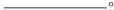
___。